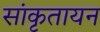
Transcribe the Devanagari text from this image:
सांकृतायन